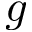
g